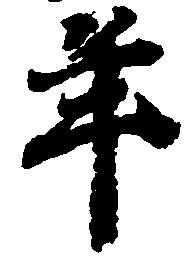
年